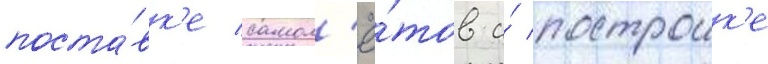
поста́вк'е самол'ё́тов и́ построик'е